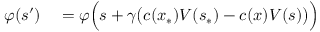
\begin{array} { r l } { \varphi ( s ^ { \prime } ) } & { { } = \varphi \Bigl ( s + \gamma \bigl ( c ( x _ { \ast } ) V ( s _ { \ast } ) - c ( x ) V ( s ) \bigr ) \Bigr ) } \end{array}